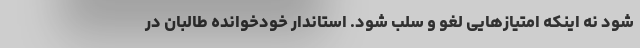
شود نه اینکه امتیازهایی لغو و سلب شود. استاندار خودخوانده طالبان در